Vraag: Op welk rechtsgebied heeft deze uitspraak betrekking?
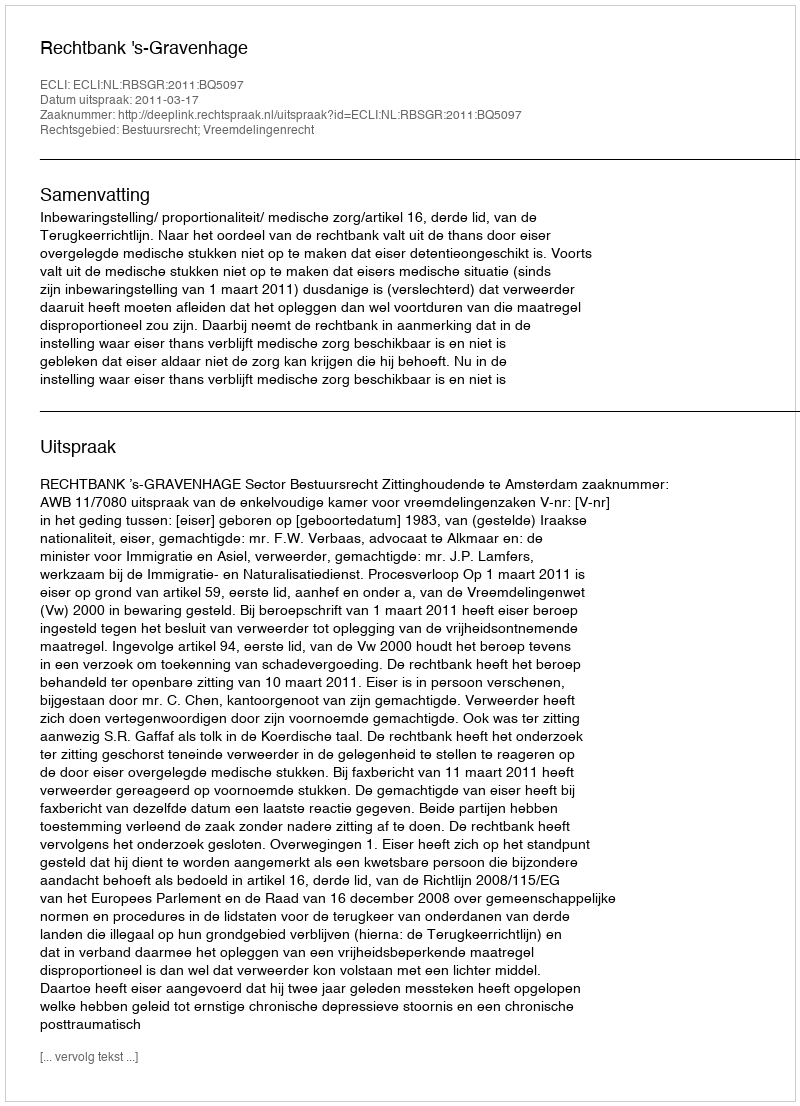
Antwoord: Bestuursrecht; Vreemdelingenrecht